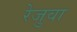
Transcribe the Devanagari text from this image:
रेजुवा